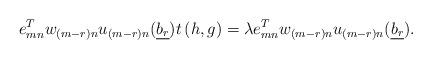
LaTeX: \begin{align*}e_{mn}^T w_{(m-r)n}u_{(m-r)n}(\underline{b_r}) t\left(h, g\right)=\lambda e_{mn}^T w_{(m-r)n}u_{(m-r)n}(\underline{b_r}).\end{align*}